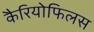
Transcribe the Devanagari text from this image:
कैरियोफिलस